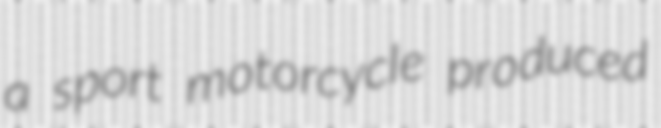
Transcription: a sport motorcycle produced